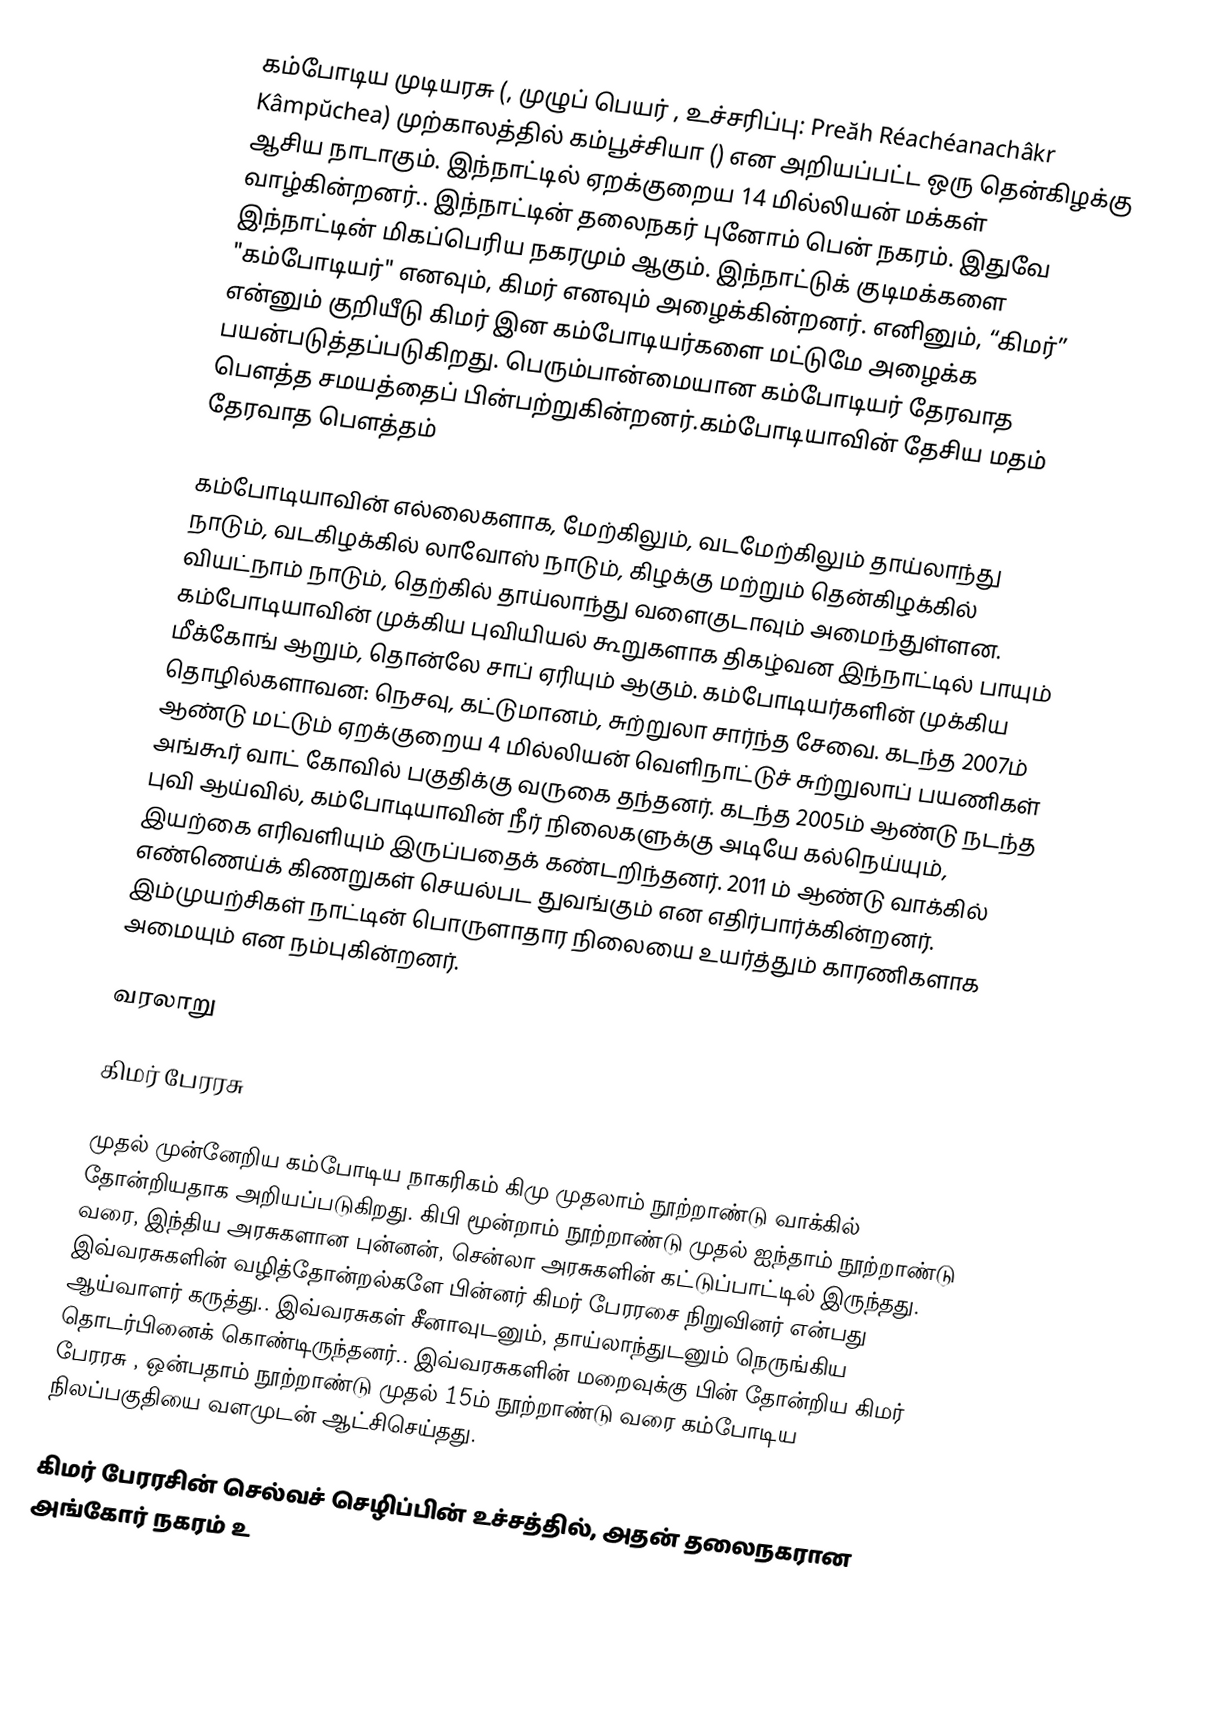
கம்போடிய முடியரசு (, முழுப் பெயர் , உச்சரிப்பு: Preăh Réachéanachâkr Kâmpŭchea) முற்காலத்தில் கம்பூச்சியா () என அறியப்பட்ட ஒரு தென்கிழக்கு ஆசிய நாடாகும். இந்நாட்டில் ஏறக்குறைய 14 மில்லியன் மக்கள் வாழ்கின்றனர்.. இந்நாட்டின் தலைநகர் புனோம் பென் நகரம். இதுவே இந்நாட்டின் மிகப்பெரிய நகரமும் ஆகும். இந்நாட்டுக் குடிமக்களை "கம்போடியர்" எனவும், கிமர் எனவும் அழைக்கின்றனர். எனினும், “கிமர்” என்னும் குறியீடு கிமர் இன கம்போடியர்களை மட்டுமே அழைக்க பயன்படுத்தப்படுகிறது. பெரும்பான்மையான கம்போடியர் தேரவாத பௌத்த சமயத்தைப் பின்பற்றுகின்றனர்.கம்போடியாவின் தேசிய மதம் தேரவாத பௌத்தம்

கம்போடியாவின் எல்லைகளாக, மேற்கிலும், வடமேற்கிலும் தாய்லாந்து நாடும், வடகிழக்கில் லாவோஸ் நாடும், கிழக்கு மற்றும் தென்கிழக்கில் வியட்நாம் நாடும், தெற்கில் தாய்லாந்து வளைகுடாவும் அமைந்துள்ளன. கம்போடியாவின் முக்கிய புவியியல் கூறுகளாக திகழ்வன இந்நாட்டில் பாயும் மீக்கோங் ஆறும், தொன்லே சாப் ஏரியும் ஆகும். கம்போடியர்களின் முக்கிய தொழில்களாவன: நெசவு, கட்டுமானம், சுற்றுலா சார்ந்த சேவை. கடந்த 2007ம் ஆண்டு மட்டும் ஏறக்குறைய 4 மில்லியன் வெளிநாட்டுச் சுற்றுலாப் பயணிகள் அங்கூர் வாட் கோவில் பகுதிக்கு வருகை தந்தனர். கடந்த 2005ம் ஆண்டு நடந்த புவி ஆய்வில், கம்போடியாவின் நீர் நிலைகளுக்கு அடியே கல்நெய்யும், இயற்கை எரிவளியும் இருப்பதைக் கண்டறிந்தனர். 2011 ம் ஆண்டு வாக்கில் எண்ணெய்க் கிணறுகள் செயல்பட துவங்கும் என எதிர்பார்க்கின்றனர். இம்முயற்சிகள் நாட்டின் பொருளாதார நிலையை உயர்த்தும் காரணிகளாக அமையும் என நம்புகின்றனர்.

வரலாறு

கிமர் பேரரசு

முதல் முன்னேறிய கம்போடிய நாகரிகம் கிமு முதலாம் நூற்றாண்டு வாக்கில் தோன்றியதாக அறியப்படுகிறது. கிபி மூன்றாம் நூற்றாண்டு முதல் ஐந்தாம் நூற்றாண்டு வரை, இந்திய அரசுகளான புன்னன், சென்லா அரசுகளின் கட்டுப்பாட்டில் இருந்தது. இவ்வரசுகளின் வழித்தோன்றல்களே பின்னர் கிமர் பேரரசை நிறுவினர் என்பது ஆய்வாளர் கருத்து.. இவ்வரசுகள் சீனாவுடனும், தாய்லாந்துடனும் நெருங்கிய தொடர்பினைக் கொண்டிருந்தனர்.. இவ்வரசுகளின் மறைவுக்கு பின் தோன்றிய கிமர் பேரரசு , ஒன்பதாம் நூற்றாண்டு முதல் 15ம் நூற்றாண்டு வரை கம்போடிய நிலப்பகுதியை வளமுடன் ஆட்சிசெய்தது.

கிமர் பேரரசின் செல்வச் செழிப்பின் உச்சத்தில், அதன் தலைநகரான அங்கோர் நகரம் உ